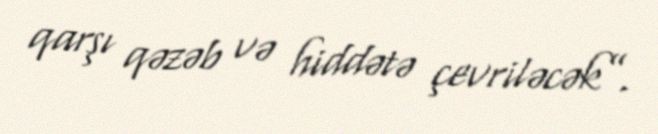
qarşı qəzəb və hiddətə çevriləcək”.